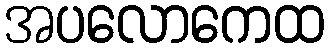
အပလောကေထ